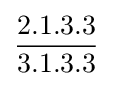
{\frac {2.1.3.3}{3.1.3.3}}